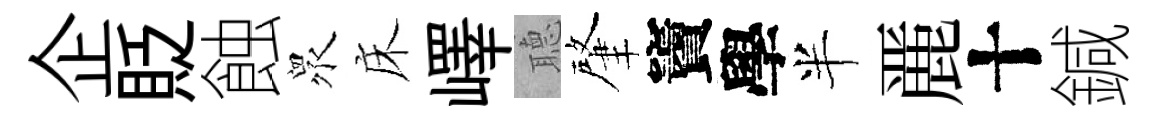
企貶蝕衆床嶧𦗟肇竇學半䴡十鍼